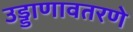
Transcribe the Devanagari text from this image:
उड्डाणावतरणे